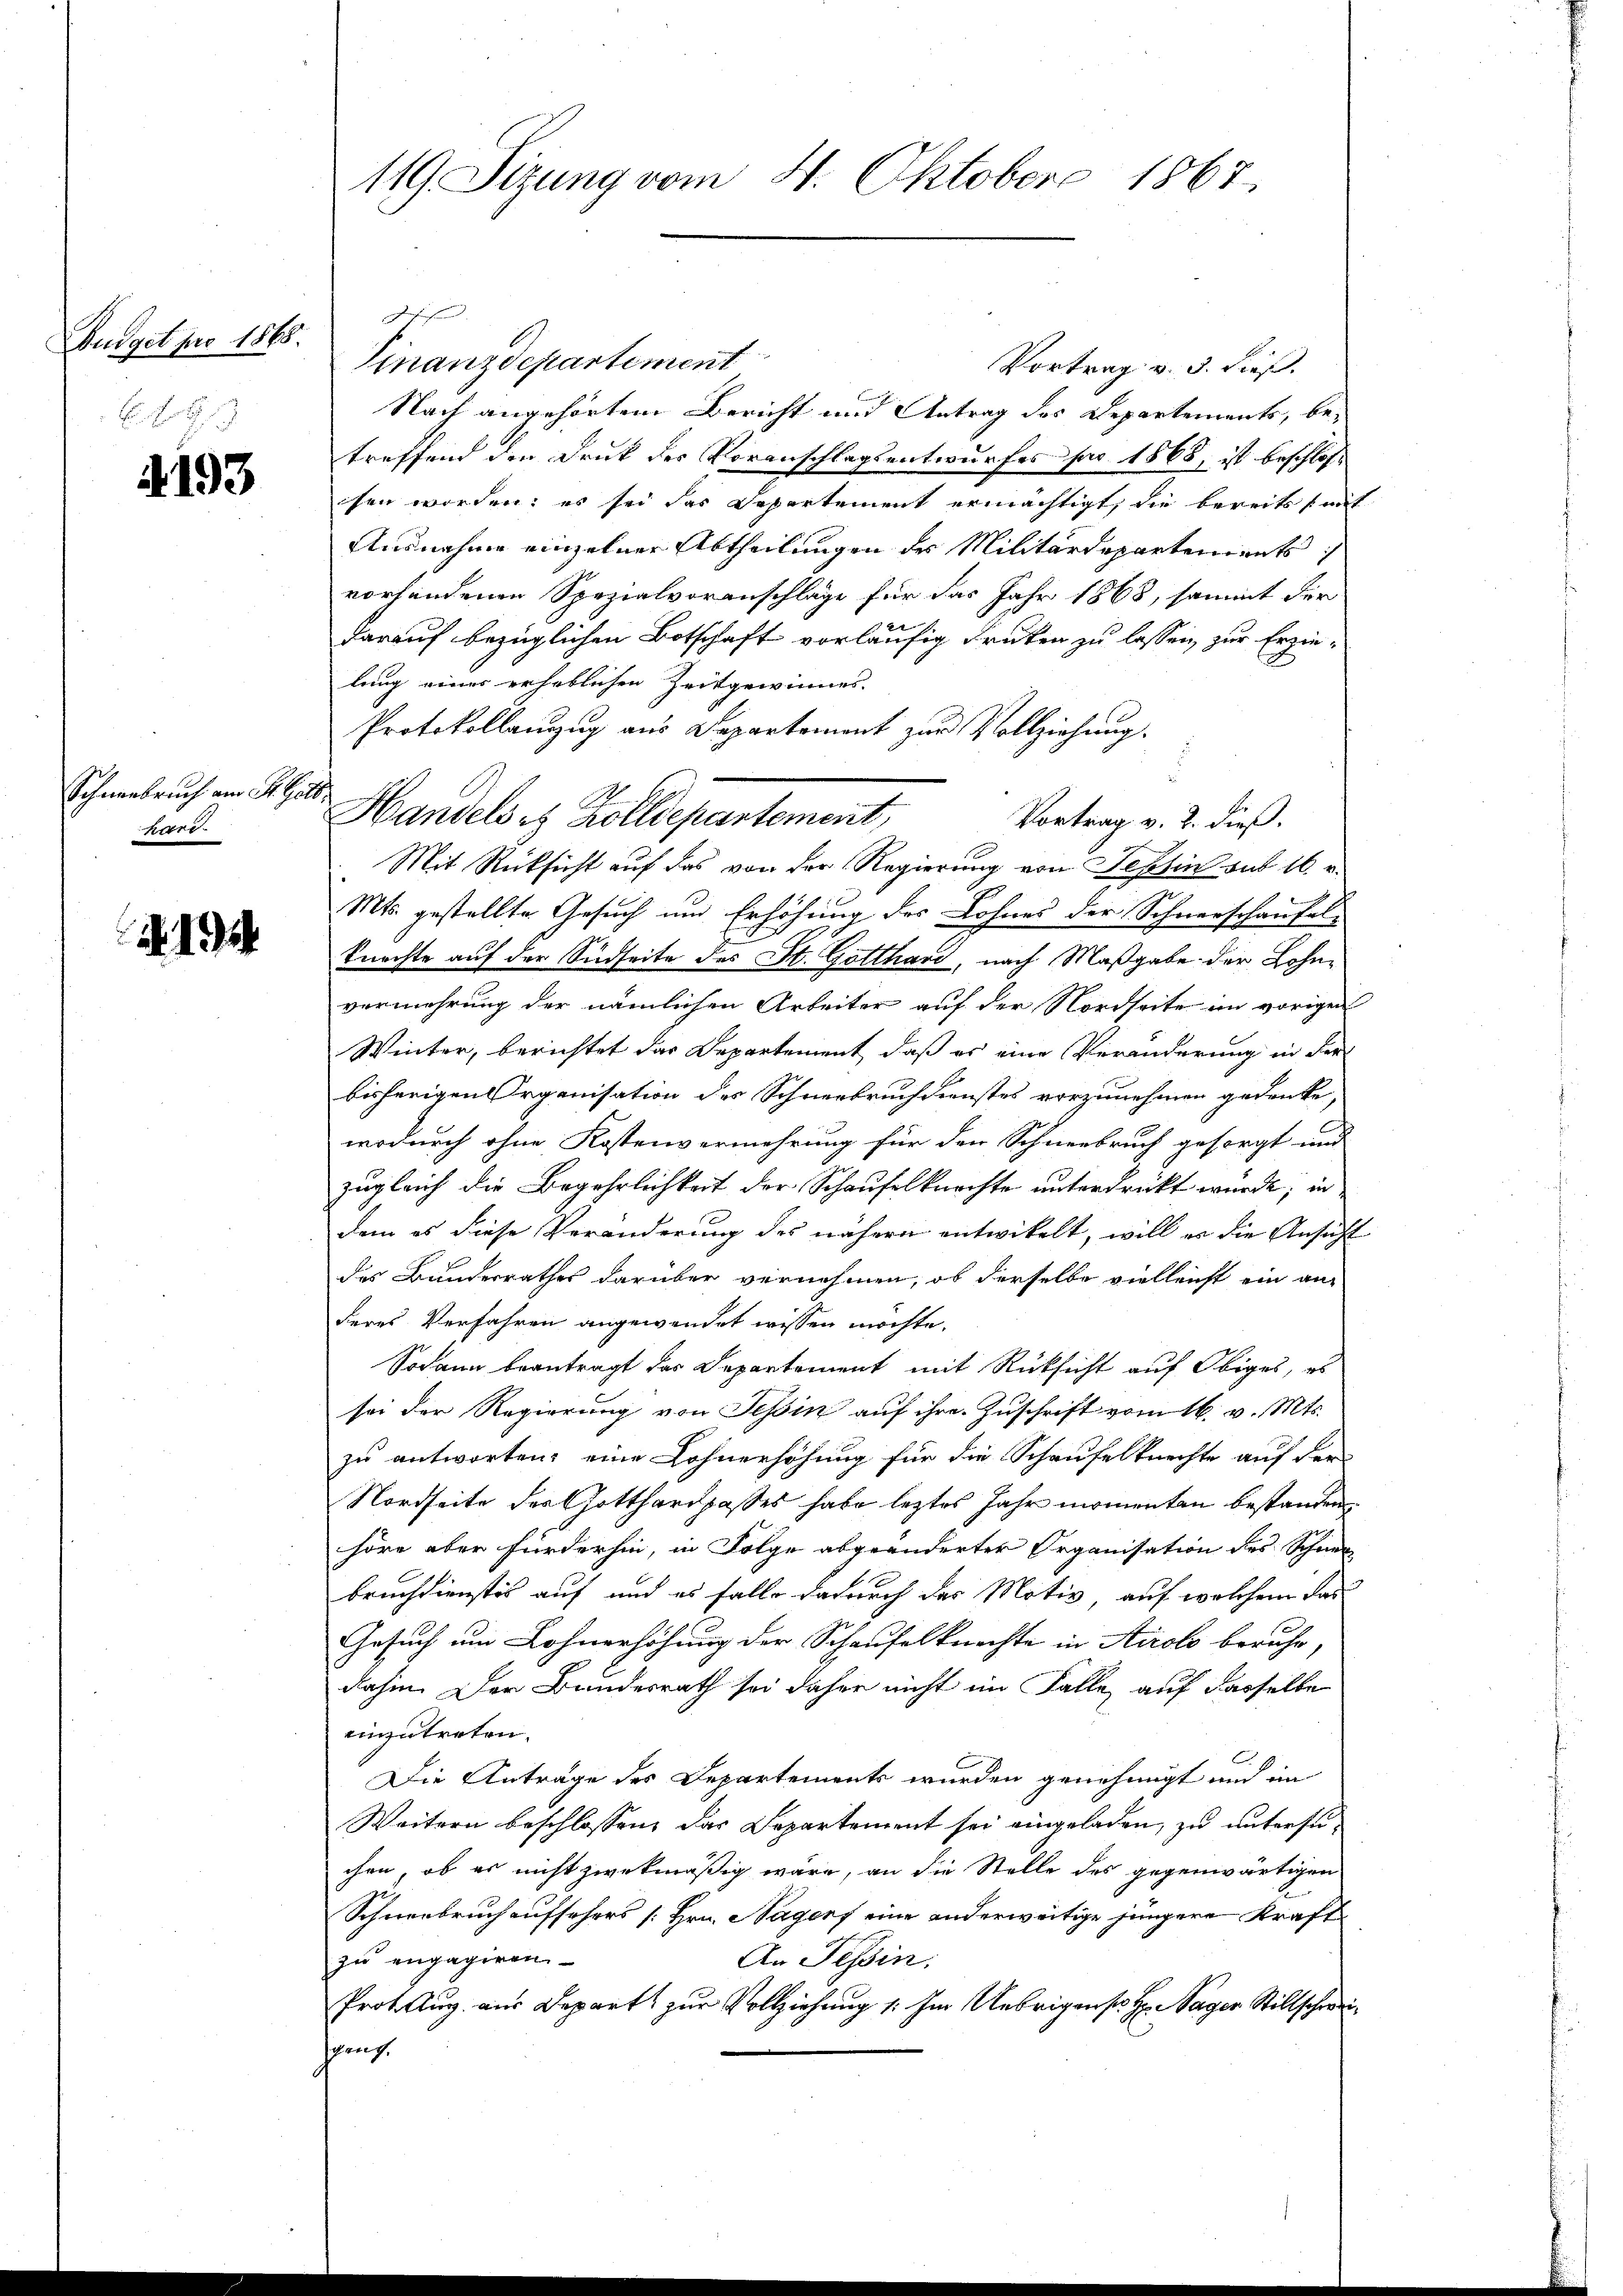
udget pro 1868.
B. H. H.

4193

Schneebruch am St. G
0.

194

119. Sizung vom 4. Oktober 1867.

Finanzdepartement
Vortrag v. 3. dieß.
Nach angehörtem Bericht und Antrag des Departements, betreffend den Druk des Voranschlagsentwurfes par 1868, ist beschlossen worden; es sei das Departement ermächtigt, die bereits (mit
Ausnahme einzelner Abtheilungen der Militärdepartements
vorhandenen Spezialvoranschläge für das Jahr 1868, sammt der
darauf bezüglichen Botschaft vorläufig drücken zu lassen, zur Erzielung eines erheblichen Zeitgewinnes.
Protokollanzzug aus Departement zur Vollziehung.
s
Vortrag v. 2. dieß.
Mit Rücksicht auf das von der Regierung von Tessin sub 16. u.
Mts. gestellte Gesuch und Erhöhung des Lohnes der Schnerschausel¬
Knechte auf der Südseite des St. Gotthard, nach Maßgabe der Lohnvermehrung der nämlichen Arbeiter auf der Nordseite im vorigen
Winter, berichtet das Departement, daß es eine Veränderung in der
bisherigen Organisation des Schneebruch dienstes vorzunehmen gedenke,
wodurch ohne Kostenvermehrung für den Schneebruch gesorgt und
zugleich die Begehrlichkeit der Schauselkurchte unterdrückt wurde; in
dem es diese Veränderung des nähern entwickelt, will es die Ansicht
des Bunderrathes darüber vernehmen, ob derselbe vielleicht ein aus
deres Verfahren angewendet wissen möchte.
Sodann beantragt das Departement mit Rücksicht auf Obiges, es
sei der Regierung von Tessin auf ihre Zuschrift vom 16. v. Mts.
zu antworten; eine Lohnerhöhung für die Schauselknechte auf der
Nordseite der Gotthardpasses habe leztes Jahr momenten bestanden
höre aber fürderhin, in Folge abgeänderter Organisation des Schnee
bruchdienstes auf und es falle dadurch der Motiv auf welchem das
Gesuch um Lohnerhöhung der Schaufelknechte in Airolo beruhe,
dahin. Der Bundesrath sei daher nicht im Falle, auf dasselbe
einzutreten.
Die Antrage des Departements wurden genehmigt und im
Weitern beschlossen, das Departement sei eingeladen, zu untersuchen, ob es nicht zwekmäßig wäre, an die Stelle des gegenwärtigen
Schneebruch aufsehers [Hrn. Nagerf eine anderweitige jüngere Kraft
zu engagiren.
An Tessin.
Prot. Aug. aus Depart zur Vollziehung 1. Im Uebrigens Hrn. Sager Stillschweigang.

J

28

Handels es Zolldepartement,